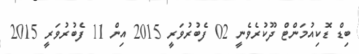
ބިޑް ޑޮކިއުމަންޓް ދޫކުރެވެނީ 02 ފެބުރުވަރީ 2015 އިން 11 ފެބުރުވަރީ 2015